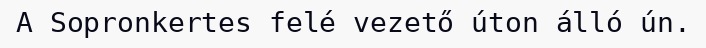
A Sopronkertes felé vezető úton álló ún.